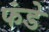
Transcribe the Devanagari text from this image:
फंडे